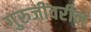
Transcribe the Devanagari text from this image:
गुरुजींवरील